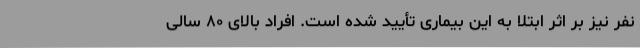
نفر نیز بر اثر ابتلا به این بیماری تأیید شده است. افراد بالای ۸۰ سالی